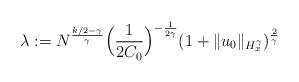
LaTeX: \begin{align*}\lambda:=N^{\frac{k/2-\gamma}{\gamma}} \Big(\frac{1}{2C_0}\Big)^{-\frac{1}{2\gamma}} (1+\|u_0\|_{H^\gamma_x})^{\frac{2}{\gamma}} \end{align*}